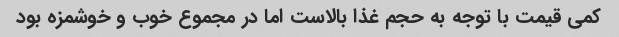
کمی قیمت با توجه به حجم غذا بالاست اما در مجموع خوب و خوشمزه بود